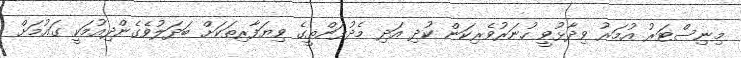
މިނިސްޓަރު އުމަރު ވިދާޅުވީ ހުނަރުވެރިކަން ކުދި އަދި މެދުފަންތީގެ ވިޔަފާރިތަކަށް ބަދަލުވެގެންދިއުމަކީ ގައުމަށް